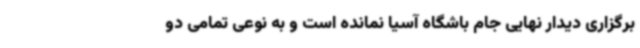
برگزاری دیدار نهایی جام باشگاه آسیا نمانده است و به نوعی تمامی دو